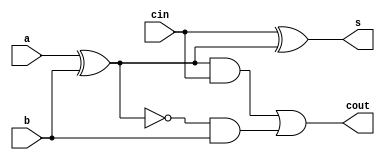
module fulladder(a, b, cin, cout, s);
	input a;
	input b;
	input cin;
	output cout;
	output s;
	
	assign s = cin ^ (a ^ b);
	assign cout = ((a ^ b) & cin) | (~(a ^ b) & b);
endmodule


module ripplecarry(SW, LEDR);
	input [9:0] SW;
	output [9:0] LEDR;
	
	wire c0, c1, c2;
	
	fulladder fa0(
		.a(SW[7]),
		.b(SW[3]),
		.cin(SW[8]),
		.cout(c0),
		.s(LEDR[3])
	);
	
	fulladder fa1(
		.a(SW[6]),
		.b(SW[2]),
		.cin(c0),
		.cout(c1),
		.s(LEDR[2])
	);
	
	fulladder fa2(
		.a(SW[5]),
		.b(SW[1]),
		.cin(c1),
		.cout(c2),
		.s(LEDR[1])
	);
	
	fulladder fa3(
		.a(SW[4]),
		.b(SW[0]),
		.cin(c2),
		.cout(LEDR[9]),
		.s(LEDR[0])
	);
endmodule